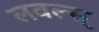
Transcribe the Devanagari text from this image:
लवल्स्